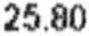
25.80